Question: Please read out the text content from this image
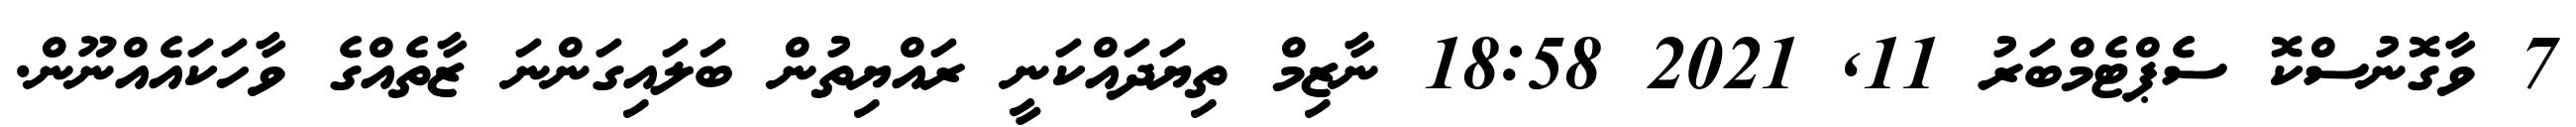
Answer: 7 ވާގޮނުސްކޮ ސެޕްޓެމްބަރު 11, 2021 18:58 ނާޒިމް ތިޔަދައްކަނީ ރައްޔިތުން ބަލައިގަންނަ ޒާތެއްގެ ވާހަކައެއްނޫން.